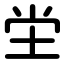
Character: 坣